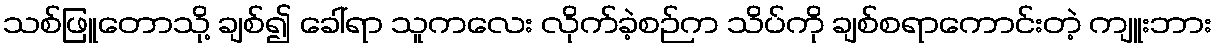
သစ်ဖြူတောသို့ ချစ်၍ ခေါ်ရာ သူကလေး လိုက်ခဲ့စဉ်က သိပ်ကို ချစ်စရာကောင်းတဲ့ ကျူးဘား